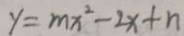
y = m x ^ { 2 } - 2 x + n